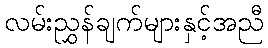
လမ်းညွှန်ချက်များနှင့်အညီ